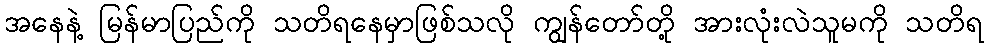
အနေနဲ့ မြန်မာပြည်ကို သတိရနေမှာဖြစ်သလို ကျွန်တော်တို့ အားလုံးလဲသူမကို သတိရ